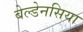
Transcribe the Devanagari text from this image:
बेल्डेनसिया